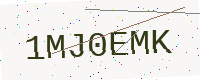
Text: 1MJ0EMK